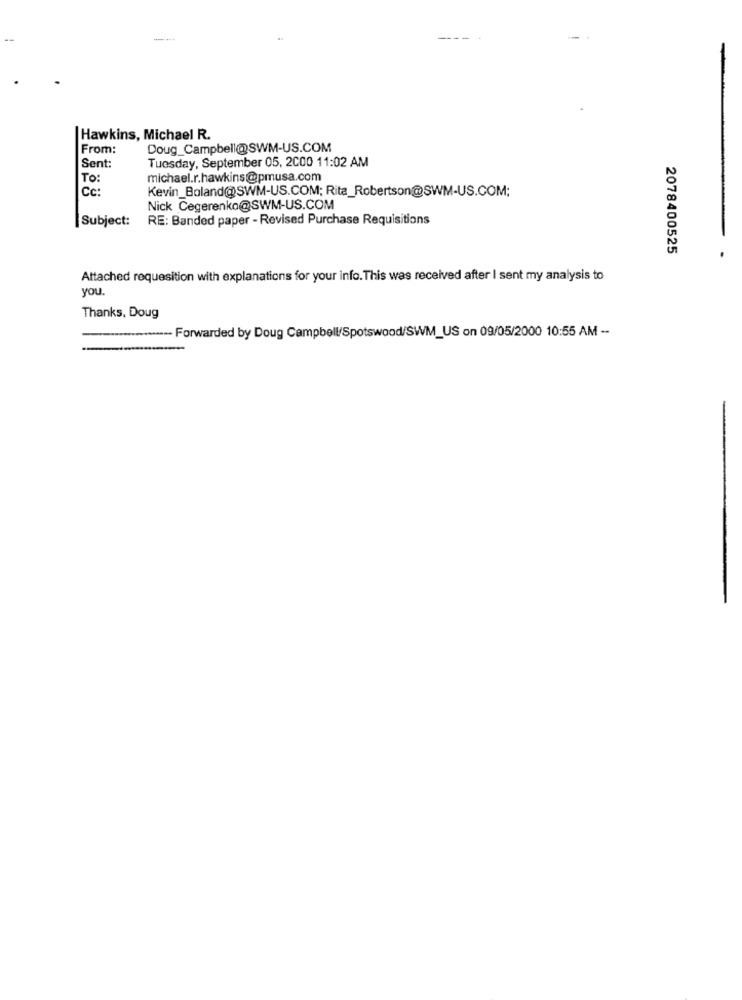
Hawkins, Michael R.
From:
Doug_Campbell@SWM-US.COM
Sent:
Tuesday, September 05, 2000 11:02 AM
To:
michael.r.hawkins@pmusa.com
Cc:
Kevin_Boland@SWM-US.COM; Rita_Robertson@SWM-US.COM;
Nick Cegerenko@SWM-US.COM
Subject:
RE: Banded paper - Revised Purchase Requisitions
2078400525
Attached requesition with explanations for your info. This was received after I sent my analysis to
you.
Thanks, Doug
.....--- Forwarded by Doug Campbell/Spotswood/SWM_US on 09/05/2000 10:55 AM --